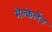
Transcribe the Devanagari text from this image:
मैक्लेलैंड